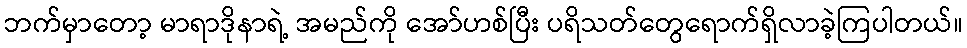
ဘက်မှာတော့ မာရာဒိုနာရဲ့ အမည်ကို အော်ဟစ်ပြီး ပရိသတ်တွေရောက်ရှိလာခဲ့ကြပါတယ်။